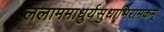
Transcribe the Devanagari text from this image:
ललाममाधुर्यसुधाभिरामकम्